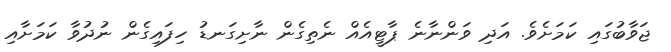
ޖަވާބުގައި ކަމަށެވެ. އަދި ވަންނާނެ ޕާޓީއެއް ނެތިގެން ނާށިގަނޑު ހިފައިގެން ނުދުވާ ކަމަށާއި